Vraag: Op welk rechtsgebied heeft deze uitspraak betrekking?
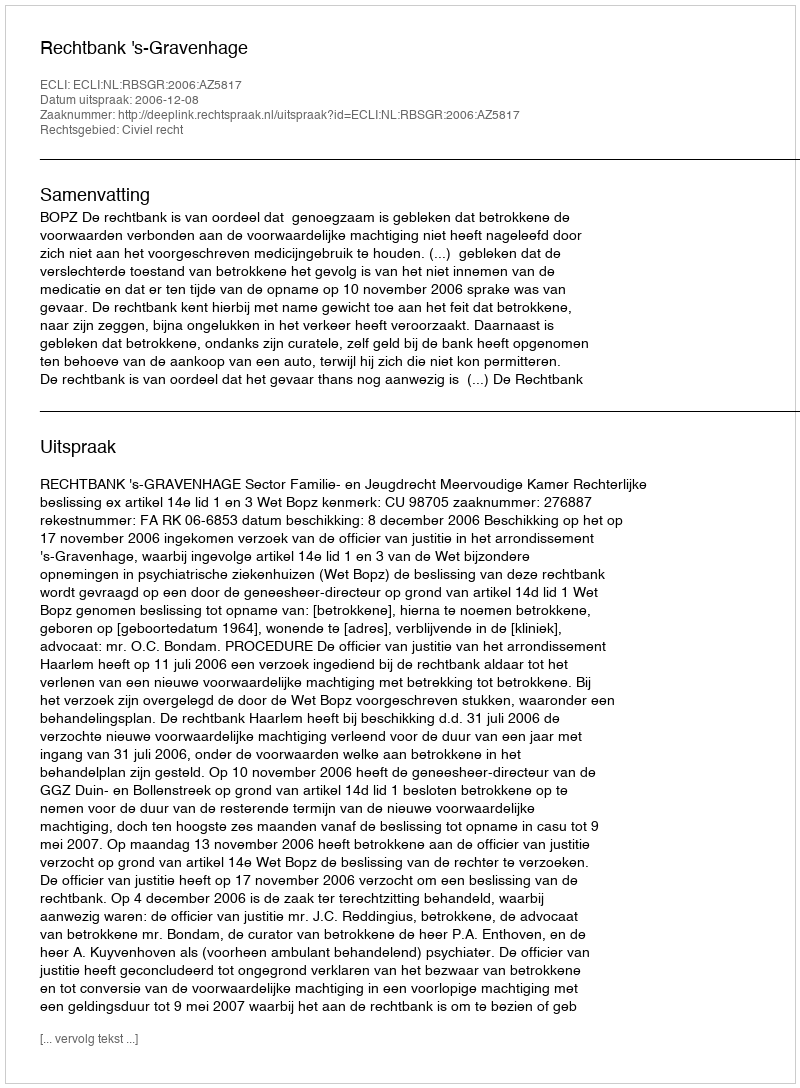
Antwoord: Civiel recht